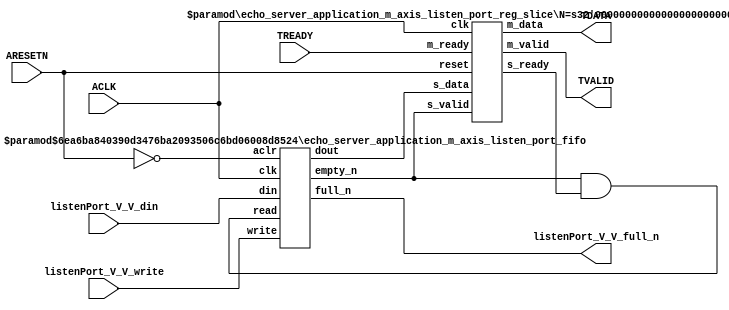
// This program was cloned from: https://github.com/mustafabbas/ECE1373_2016_hft_on_fpga
// License: MIT License

// ==============================================================
// File generated by Vivado(TM) HLS - High-Level Synthesis from C, C++ and SystemC
// Version: 2015.1
// Copyright (C) 2015 Xilinx Inc. All rights reserved.
// 
// ==============================================================


`timescale 1ns/1ps

module echo_server_application_m_axis_listen_port_if (
    // AXI4-Stream singals
    input  wire        ACLK,
    input  wire        ARESETN,
    output wire        TVALID,
    input  wire        TREADY,
    output wire [15:0] TDATA,
    // User signals
    input  wire [15:0] listenPort_V_V_din,
    output wire        listenPort_V_V_full_n,
    input  wire        listenPort_V_V_write
);
//------------------------Local signal-------------------
// FIFO
wire [0:0]  fifo_read;
wire [0:0]  fifo_empty_n;
wire [15:0] listenPort_V_V_dout;
wire [0:0]  listenPort_V_V_empty_n;
// register slice
wire [0:0]  s_valid;
wire [0:0]  s_ready;
wire [15:0] s_data;
wire [0:0]  m_valid;
wire [0:0]  m_ready;
wire [15:0] m_data;

//------------------------Instantiation------------------
// rs
echo_server_application_m_axis_listen_port_reg_slice #(
    .N       ( 16 )
) rs (
    .clk     ( ACLK ),
    .reset   ( ARESETN ),
    .s_data  ( s_data ),
    .s_valid ( s_valid ),
    .s_ready ( s_ready ),
    .m_data  ( m_data ),
    .m_valid ( m_valid ),
    .m_ready ( m_ready )
);

// listenPort_V_V_fifo
echo_server_application_m_axis_listen_port_fifo #(
    .DATA_BITS  ( 16 ),
    .DEPTH_BITS ( 4 )
) listenPort_V_V_fifo (
    .clk        ( ACLK ),
    .aclr       ( ~ARESETN ),
    .empty_n    ( listenPort_V_V_empty_n ),
    .full_n     ( listenPort_V_V_full_n ),
    .read       ( fifo_read ),
    .write      ( listenPort_V_V_write ),
    .dout       ( listenPort_V_V_dout ),
    .din        ( listenPort_V_V_din )
);

//------------------------Body---------------------------
//++++++++++++++++++++++++AXI4-Stream++++++++++++++++++++
assign TVALID = m_valid;
assign TDATA  = m_data[15:0];

//+++++++++++++++++++++++++++++++++++++++++++++++++++++++

//++++++++++++++++++++++++Reigister Slice++++++++++++++++
assign s_valid = fifo_empty_n;
assign m_ready = TREADY;
assign s_data  = {listenPort_V_V_dout};

//+++++++++++++++++++++++++++++++++++++++++++++++++++++++

//++++++++++++++++++++++++FIFO+++++++++++++++++++++++++++
assign fifo_read    = fifo_empty_n & s_ready;
assign fifo_empty_n = listenPort_V_V_empty_n;

//+++++++++++++++++++++++++++++++++++++++++++++++++++++++

endmodule



`timescale 1ns/1ps

module echo_server_application_m_axis_listen_port_fifo
#(parameter
    DATA_BITS  = 8,
    DEPTH_BITS = 4
)(
    input  wire                 clk,
    input  wire                 aclr,
    output wire                 empty_n,
    output wire                 full_n,
    input  wire                 read,
    input  wire                 write,
    output wire [DATA_BITS-1:0] dout,
    input  wire [DATA_BITS-1:0] din
);
//------------------------Parameter----------------------
localparam
    DEPTH = 1 << DEPTH_BITS;
//------------------------Local signal-------------------
reg                   empty;
reg                   full;
reg  [DEPTH_BITS-1:0] index;
reg  [DATA_BITS-1:0]  mem[0:DEPTH-1];
//------------------------Body---------------------------
assign empty_n = ~empty;
assign full_n  = ~full;
assign dout    = mem[index];

// empty
always @(posedge clk or posedge aclr) begin
    if (aclr)
        empty <= 1'b1;
    else if (empty & write & ~read)
        empty <= 1'b0;
    else if (~empty & ~write & read & (index==1'b0))
        empty <= 1'b1;
end

// full
always @(posedge clk or posedge aclr) begin
    if (aclr)
        full <= 1'b0;
    else if (full & read & ~write)
        full <= 1'b0;
    else if (~full & ~read & write & (index==DEPTH-2'd2))
        full <= 1'b1;
end

// index
always @(posedge clk or posedge aclr) begin
    if (aclr)
        index <= {DEPTH_BITS{1'b1}};
    else if (~empty & ~write & read)
        index <= index - 1'b1;
    else if (~full & ~read & write)
        index <= index + 1'b1;
end

// mem
always @(posedge clk) begin
    if (~full & write) mem[0] <= din;
end

genvar i;
generate
    for (i = 1; i < DEPTH; i = i + 1) begin : gen_sr
        always @(posedge clk) begin
            if (~full & write) mem[i] <= mem[i-1];
        end
    end
endgenerate

endmodule

`timescale 1ns/1ps

module echo_server_application_m_axis_listen_port_reg_slice
#(parameter
    N = 8   // data width
) (
    // system signals
    input  wire         clk,
    input  wire         reset,
    // slave side
    input  wire [N-1:0] s_data,
    input  wire         s_valid,
    output wire         s_ready,
    // master side
    output wire [N-1:0] m_data,
    output wire         m_valid,
    input  wire         m_ready
);
//------------------------Parameter----------------------
// state
localparam [1:0]
    ZERO = 2'b10,
    ONE  = 2'b11,
    TWO  = 2'b01;
//------------------------Local signal-------------------
reg  [N-1:0] data_p1;
reg  [N-1:0] data_p2;
wire         load_p1;
wire         load_p2;
wire         load_p1_from_p2;
reg          s_ready_t;
reg  [1:0]   state;
reg  [1:0]   next;
//------------------------Body---------------------------
assign s_ready = s_ready_t;
assign m_data  = data_p1;
assign m_valid = state[0];

assign load_p1 = (state == ZERO && s_valid) ||
                 (state == ONE && s_valid && m_ready) ||
                 (state == TWO && m_ready);
assign load_p2 = s_valid & s_ready;
assign load_p1_from_p2 = (state == TWO);

// data_p1
always @(posedge clk) begin
    if (load_p1) begin
        if (load_p1_from_p2)
            data_p1 <= data_p2;
        else
            data_p1 <= s_data;
    end
end

// data_p2
always @(posedge clk) begin
    if (load_p2) data_p2 <= s_data;
end

// s_ready_t
always @(posedge clk) begin
    if (~reset)
        s_ready_t <= 1'b0;
    else if (state == ZERO)
        s_ready_t <= 1'b1;
    else if (state == ONE && next == TWO)
        s_ready_t <= 1'b0;
    else if (state == TWO && next == ONE)
        s_ready_t <= 1'b1;
end

// state
always @(posedge clk) begin
    if (~reset)
        state <= ZERO;
    else
        state <= next;
end

// next
always @(*) begin
    case (state)
        ZERO:
            if (s_valid & s_ready)
                next = ONE;
            else
                next = ZERO;
        ONE:
            if (~s_valid & m_ready)
                next = ZERO;
            else if (s_valid & ~m_ready)
                next = TWO;
            else
                next = ONE;
        TWO:
            if (m_ready)
                next = ONE;
            else
                next = TWO;
        default:
            next = ZERO;
    endcase
end

endmodule